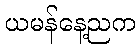
ယမန်နေ့ညက